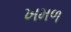
ખમળ